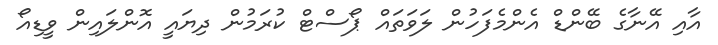
އާއި އޭނާގެ ބޭންޑް އެންމެފަހުން ލަވަތައް ޕޯސްޓް ކުރަމުން ދިޔައީ އޮންލައިން ވީޑިއޯ